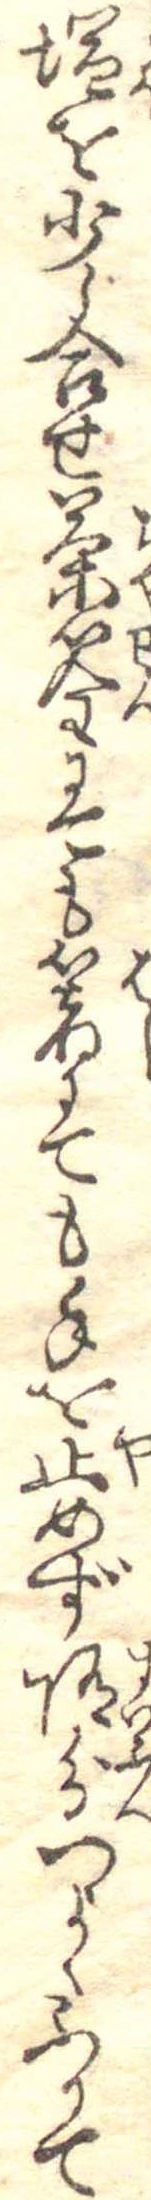
塩を少し合せ茶筌にても箸にても手を止めず随分つよくふりて